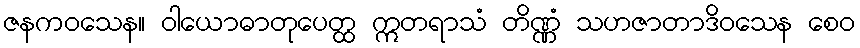
ဇနကဝသေန။ ဝါယောဓာတုပေတ္ထ ဣတရာသံ တိဏ္ဏံ သဟဇာတာဒိဝသေန စေဝ